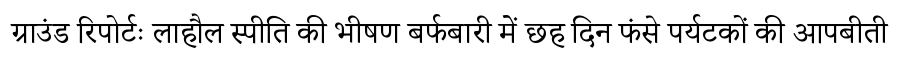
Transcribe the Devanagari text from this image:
ग्राउंड रिपोर्टः लाहौल स्पीति की भीषण बर्फबारी में छह दिन फंसे पर्यटकों की आपबीती